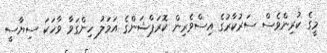
މީގެ ކުރިންވެސް ސަރުކާރުގެ އިސްވެރިން ކޮރަޕްޝަންގެ އަމަލު ހިންގަވާ ވާހަކަ ސިޔާސީ